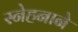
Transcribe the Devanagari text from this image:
स्नेहनाने